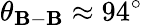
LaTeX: \theta_{\mathbf{B}-\mathbf{B}}\approx94^{\circ}